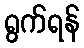
ရွက်ရန်